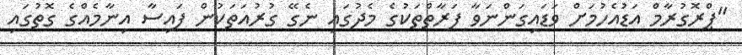
"ޕްރޮގުރާމް އަޑުއެހުމަށް ވަޑައިގަންނަވާ ފަރާތްތަކުގެ މެދުގައި ނެގޭ ގުރުއަތަކުން ފައިސާ އިނާމެއްގެ ގޮތުގައި